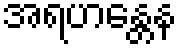
အရဟန္တေန